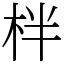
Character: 柈